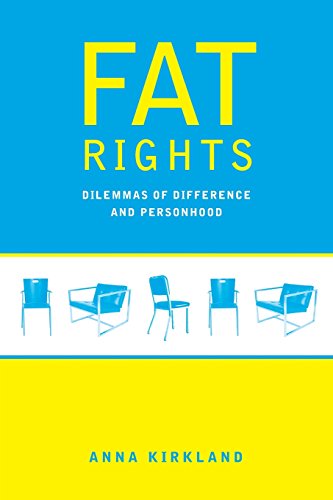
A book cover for Fat Rights: Dilemmas of Difference and Personhood; Anna Kirkland; Law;